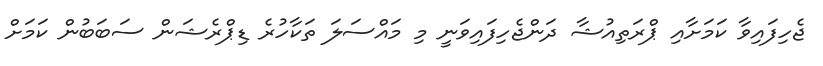
ޖެހިފައިވާ ކަމަށާއި ޕްރަތިއުޝާ ދަންޖެހިފައިވަނީ މި މައްސަލަ ތަކާހުރެ ޑިޕްރެޝަން ސަބަބުން ކަމަށް